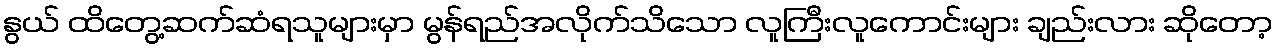
နွယ် ထိတွေ့ဆက်ဆံရသူများမှာ မွန်ရည်အလိုက်သိသော လူကြီးလူကောင်းများ ချည်းလား ဆိုတော့